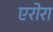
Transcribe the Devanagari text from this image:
एरोरा